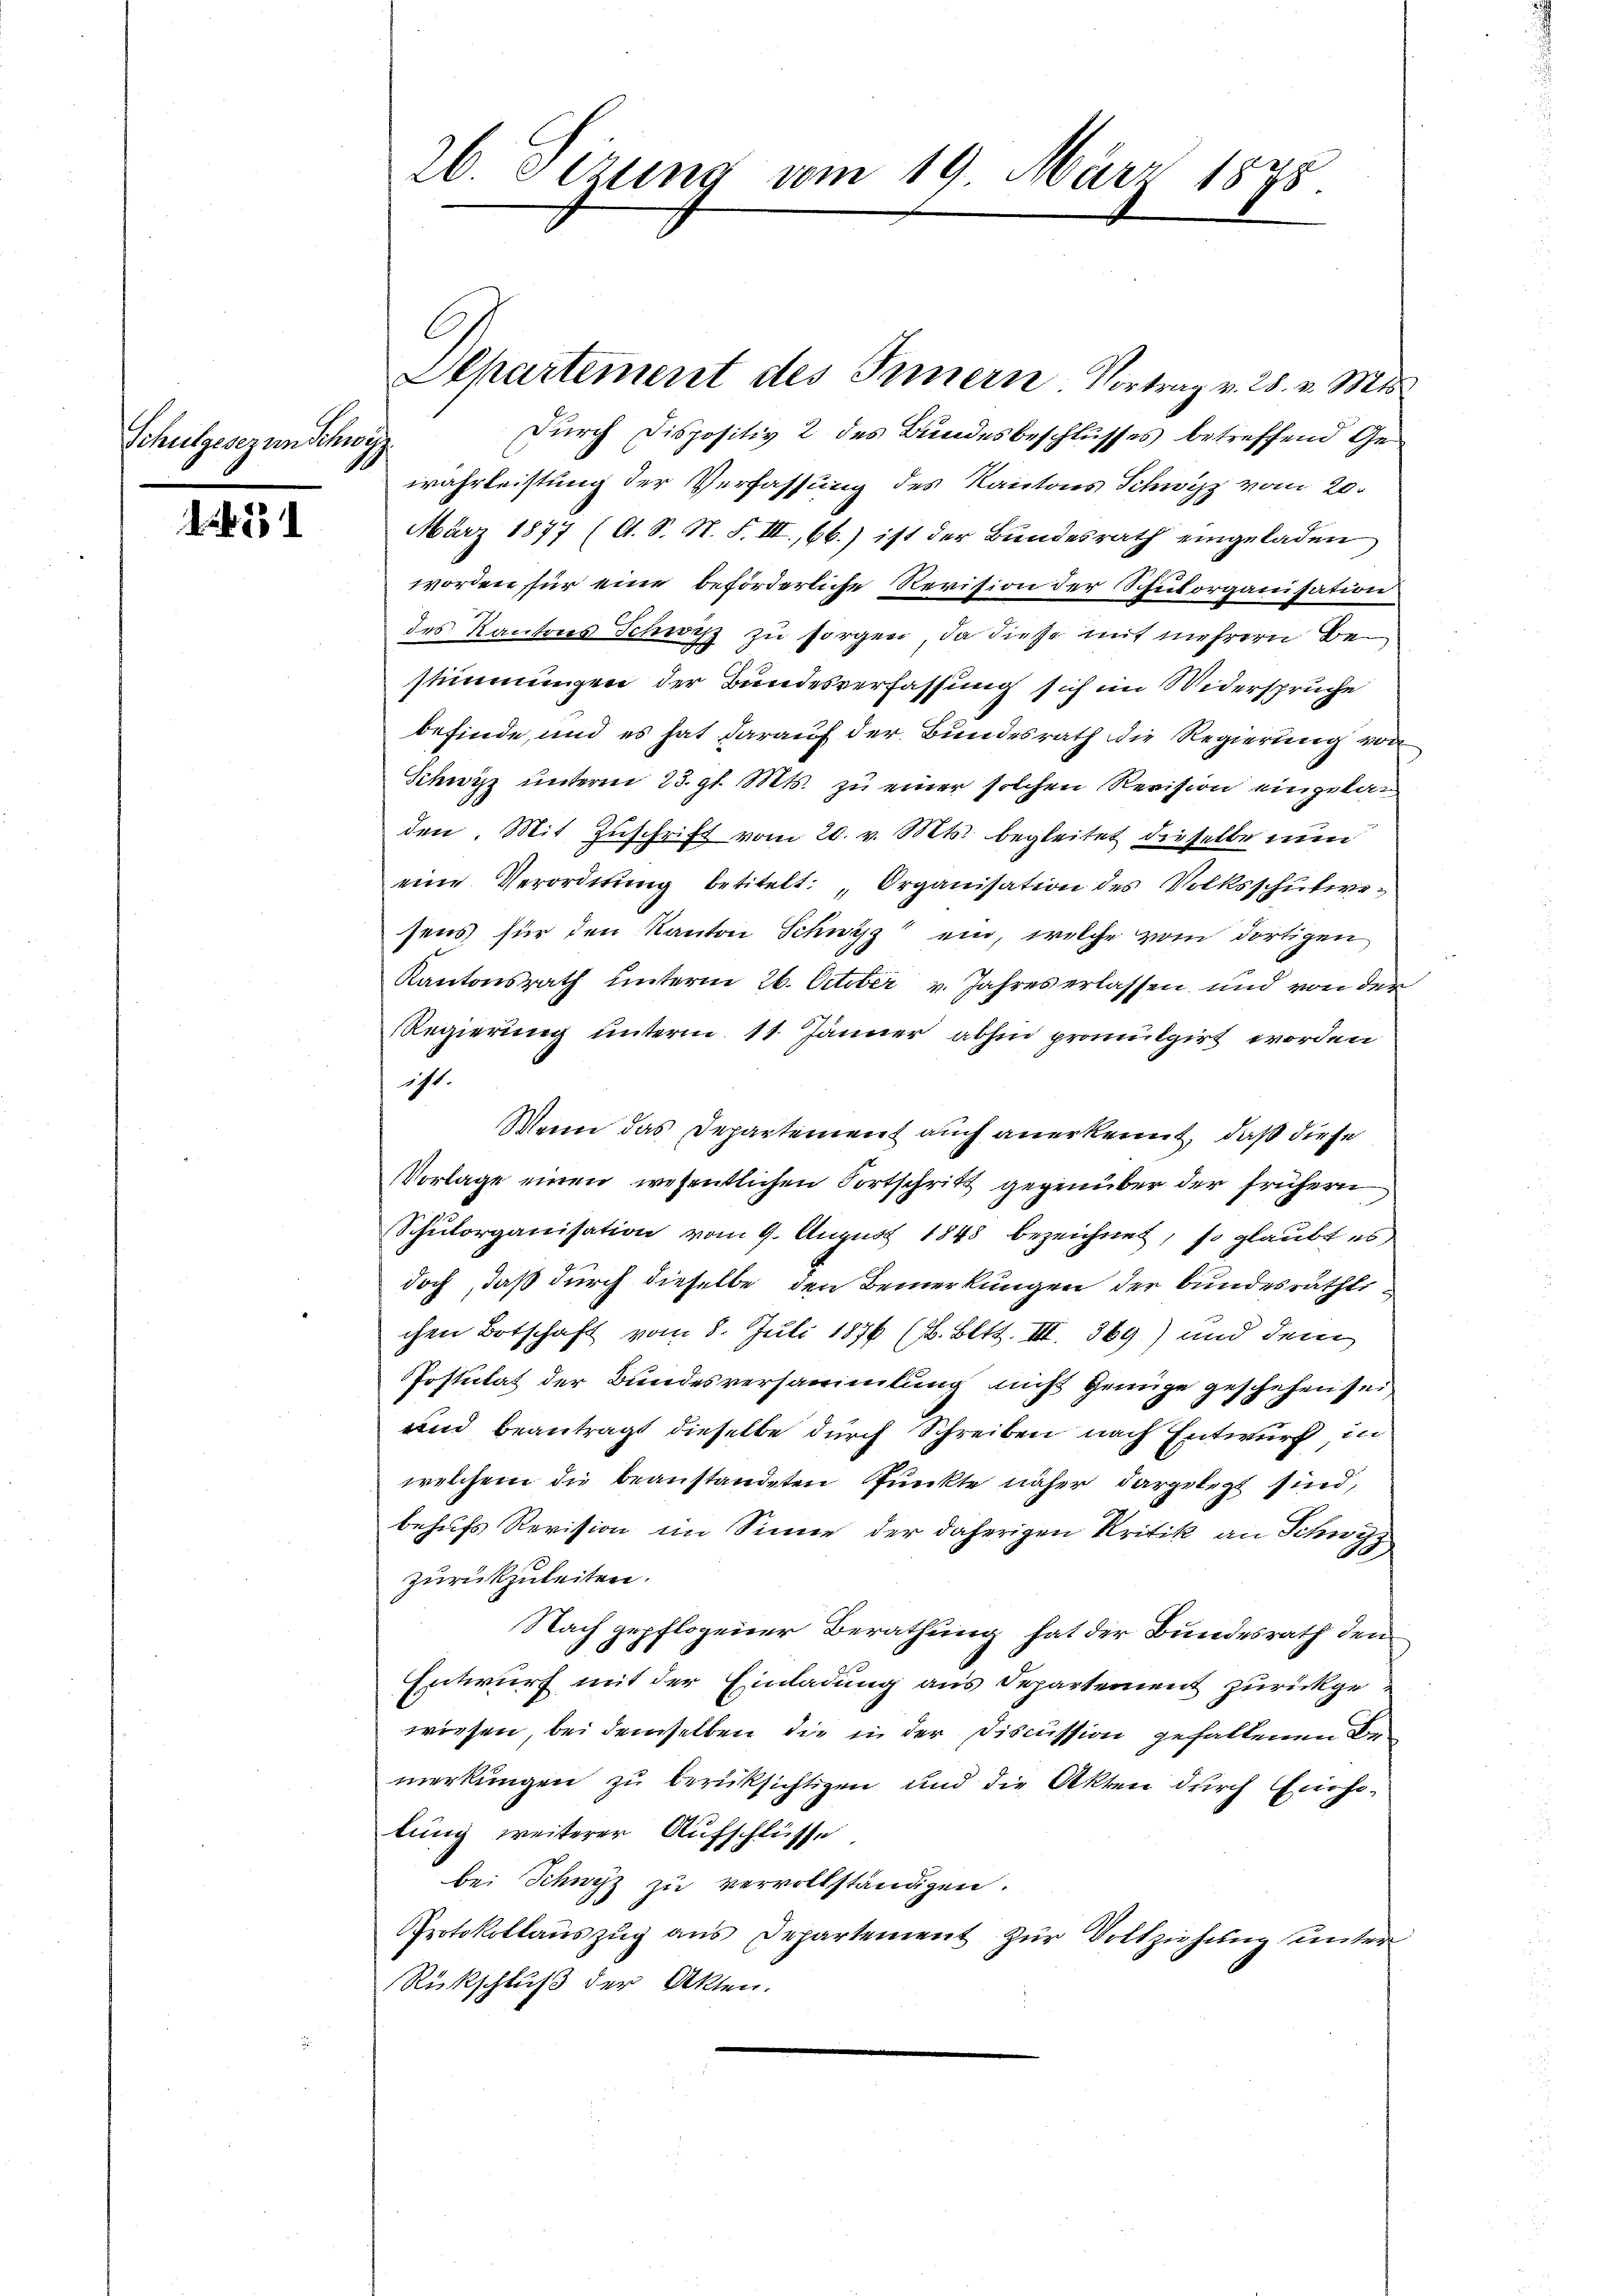
Schulgesezen Schwyz

1. 531

26 Sizung vom 19. März 1875.

Separtement des Innern. Vortrag v. 28. v. Mts.
Durch dispositiv 2 des Bundesbeschlusses betreffend Gewahrleistung der Verfassung des Kantons Schwyz vom 20.

März 1877 (lt. S. N. F. III., 66.) ist der Bundesrath eingeladen
worden für eine beförderliche Revision der Schulorganisation
des Kantons Schwitz zu sorgen, da diese mit mehrern Bestimmungen der Bundesverfassung sich im Widerspruche
befinde, und es hat darauf der Bundesrath die Regierung von
Schwyz unterm 23. gl. Mts. zu einer solchen Revision eingelan
den. Mit Zuschrift vom 20. v. Mts. begleitet dieselbe nun
eine Verordnung betitelt: „Organisation des Volksschulvesens für den Kanton Schwyz ein, welche vom dortigen
Kantonsrath unterm 26. October v. Jahres erlassen und von der
Regierung unterm 11. Jänner abhin promulgirt worden
171.
Wann das Departement auch anerkennt, daß diese
Vorlage einen wesentlichen Fortschritt gegenüber der frühern
Schulorganisation vom 9. August 1848 bezeichnet, so glaubt es
doch, daß durch dieselbe den Bemerkungen der bundesräthli
chen Ortschaft vom 8. Juli 1876 (1. Bett. III. 369) und dem
Postulat der Bundesversammlung nicht genüge geschehen sei.
und beantragt dieselbe durch Schreiben nach Entwurf, in
welchem die beanstandeten Punkte näher dargelegt sind,
behufs Revision im Sinne der daherigen Kritik an Schwyz
zurückzuleiten.
Nach gepflogener Berathung hat der Bundesrath den
Entwurf mit der Einladung aus Departement zurückgewiesen, bei demselben die in der Discussion gefallenen Bemerkungen zu berücksichtigen und die Akten durch Eucholung weiterer Aufschlüsse
bei Schwyz zu vervollständigen.
Protokollauszug aus Departement zur Vollziehung unter
Rückschluß der Akten.